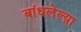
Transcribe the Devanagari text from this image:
बांधलेल्य़ा